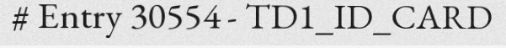
# Entry 30554 - TD1_ID_CARD